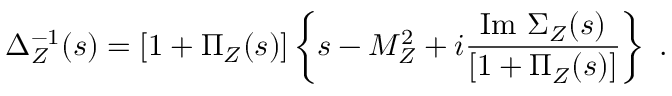
\Delta _ { Z } ^ { - 1 } ( s ) = [ 1 + \Pi _ { Z } ( s ) ] \left\{ s - M _ { Z } ^ { 2 } + i \frac { \mathrm { I m } ~ \Sigma _ { Z } ( s ) } { [ 1 + \Pi _ { Z } ( s ) ] } \right\} ~ .